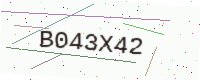
Text: B043X42